Vaccination report Assam 1874-1896 - 1874-1896
Year: 1874
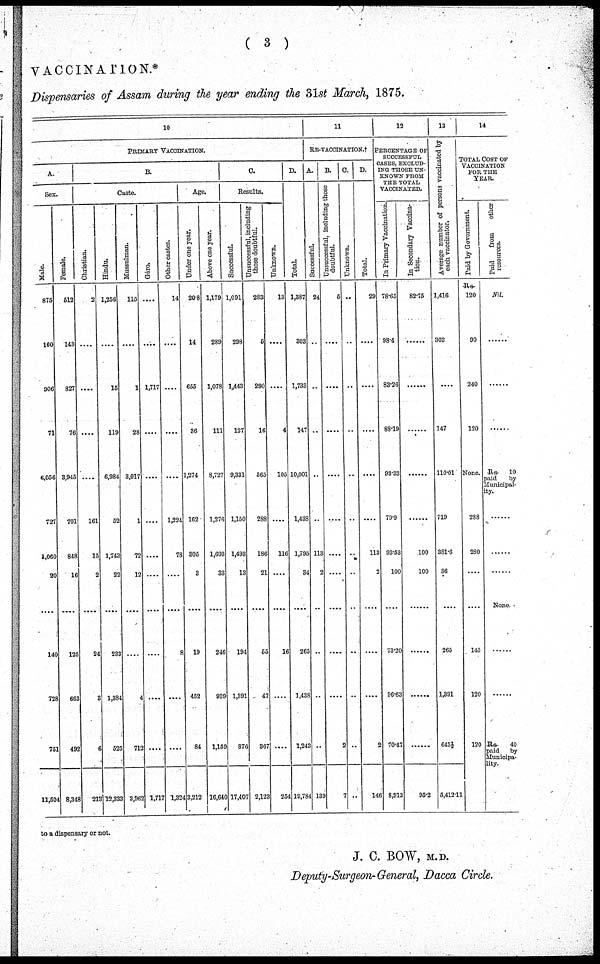
( 3 )
VACCINATION.*
Dispensaries of Assam during the year ending the 31st March, 1875.
10
PRIMARY VACCINATION.
A.
Sex.
Male.
875
160
906
71
6,056
727
1,060
20
....
140
728
751
11,504
Female.
512
143
827
76
3,945
701
848
16
....
125
663
492
8,348
B.
Caste.
Christian.
2
....
....
....
....
161
15
2
....
24
8
6
213
Hindu.
1,256
....
15
119
6,984
52
1,743
22
....
288
1,384
525
12,333
Mussulman.
115
....
1
28
3,017
1
72
12
....
....
4
712
3,962
Gáro.
....
....
1,717
....
....
....
....
....
....
....
....
....
1,717
Other castes.
14
....
....
....
....
1,224
78
....
....
8
....
....
1,324
Age.
Under one year.
20.8
14
655
36
1,274
162
305
3
....
19
452
84
3,212
Above one year.
1,179
289
1,078
111
8,727
1,276
1,603
33
....
246
939
1,159
16,640
C.
Results.
Successful.
1,091
298
1,448
127
9,331
1,150
1,493
13
....
194
1,391
876
17,407
Unsuccessful, including
those doubtful.
283
5
290
16
565
288
186
21
....
55
47
367
2,123
Unknown.
13
....
....
4
105
....
116
....
....
16
....
....
254
D.
Total.
1,387
808
1,733
147
10,001
1,438
1,795
34
....
265
1,438
1,243
19,784
11
RE-VACOINATION.†
A.
Successful.
24
..
..
..
..
..
113
2
..
..
..
..
139
B.
Unsuccessful, including those
doubtful.
5
....
....
....
....
....
....
....
....
....
....
2
7
C.
Unknown.
..
..
..
..
..
..
..
..
..
..
..
..
..
D.
Total.
29
....
....
....
....
....
113
2
....
....
....
2
146
12
PERCENTAGE OF
SUCCESSFUL
CASES, EXCLUD-
ING THOSE UN-
KNOWN FROM
THE TOTAL
VACCINATED.
In Primary Vaccination.
78.65
98.4
83.26
88.19
93.33
79.9
93.53
100
....
73.20
96.63
70.47
8,913
In Secondary Vaccina-
tion.
82.75
.......
......
......
......
......
100
100
......
......
......
......
95.2
13
Average number of persons vaccinated by
each vaccinator.
1,416
303
....
147
110.01
719
381.6
36
....
265
1,391
643½
5,412.11
14
TOTAL COST OF
VACCINATION
FOR THE
YEAR.
Paid by Government.
Rs.
120
90
240
120
None.
288
280
....
....
145
120
120
Paid
from
other
resources.
Nil.
......
......
......
Rs
10
paid
by
Municipal-
ity.
......
......
......
None.
......
......
Rs
40
paid by
Municipa-
lity.
to a dispensary or not.
J. C. BOW, M.D.
Deputy-Surgeon-General, Dacca Circle.